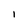
Character: 1